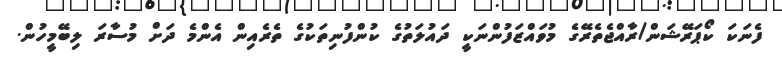
ފެނަކަ ކޯޕަރޭޝަން/ރާއްޖެތެރޭގެ މުވައްޒަފުންނަކީ ދައުލަތުގެ ކުންފުނިތަކުގެ ތެރެއިން އެންމެ ދަށް މުސާރަ ލިބޭމީހުން.